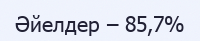
Әйелдер – 85,7%